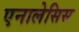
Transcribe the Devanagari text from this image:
एनालेसिस